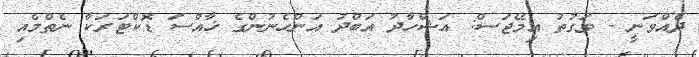
ދެއްވަނީ - ވަގުތު އިމޭޖަސް: އަޝްހާދު އަބްދު އަންހެނުންގެ ޚާއްސަ ޑޮކްޓަރަކާ ނެތްމެއި